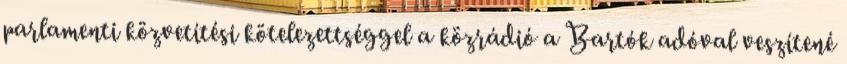
parlamenti közvetítési kötelezettséggel a közrádió a Bartók adóval veszítené